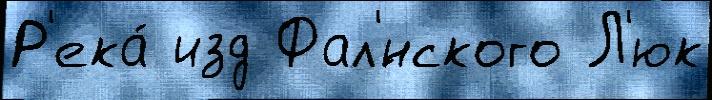
Р'ека́ изд Фал'́нского Л'юк